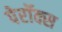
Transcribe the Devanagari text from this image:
पेरॉक्स